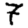
Digit: 7